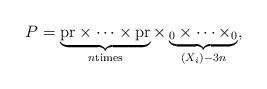
LaTeX: \begin{align*}P=\underbrace{\mathrm{pr}\times\cdots\times \mathrm{pr}}_{n\text{times}}\times\underbrace{_0\times\cdots\times_0}_{(X_i)-3n},\end{align*}